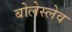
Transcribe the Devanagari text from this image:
बोलेस्लेव